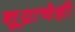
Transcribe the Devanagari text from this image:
शूद्राचेही